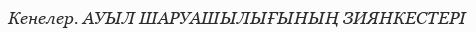
Кенелер. АУЫЛ ШАРУАШЫЛЫҒЫНЫҢ ЗИЯНКЕСТЕРІ